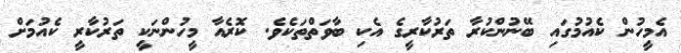
އެމީހުން ކެއުމުގައި ބޭނުންކުރާ ތަރުކާރީގެ އެކި ބާވަތްތަކެވެ. ކޮރެއާ މީހުންނަކީ ތަރުކާރީ ކެއުމަށް